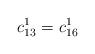
LaTeX: \begin{align*}c_{13}^1=c_{16}^1\end{align*}